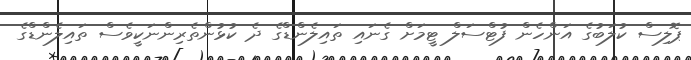
ޕޮލިސް ކުލަބުގެ އަންހެން ފުޓްސަލް ޓީމަށް ގެނައި ތައިލެންޑްގެ ދެ ކުޅުންތެރިންނަކީވެސް ތައިލެންޑްގެ